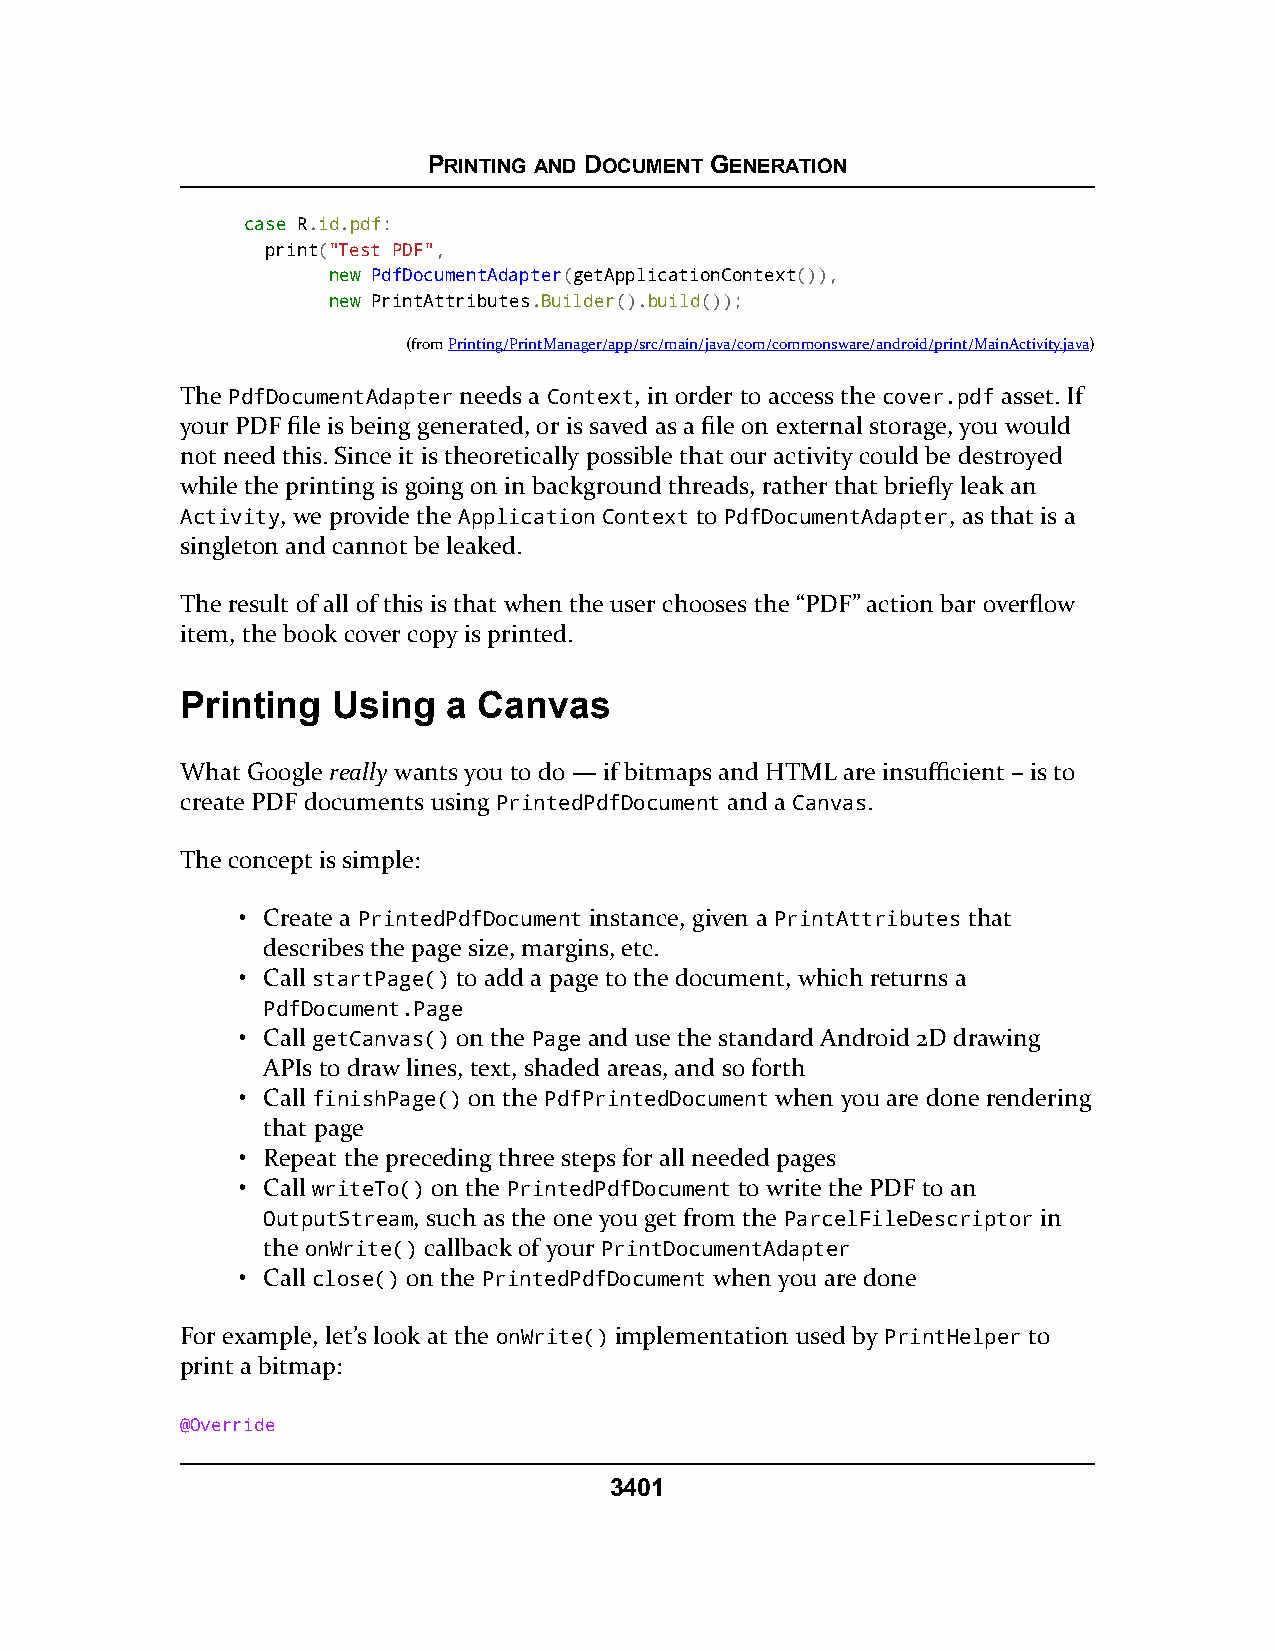
PRINTING AND DOCUMENT GENERATION
 ccaassee R.id.pdf:
 print("Test PDF",
 nneeww PdfDocumentAdapter(getApplicationContext()),
 nneeww PrintAttributes.Builder().build());
 (fromPrinting/PrintManager/app/src/main/java/com/commonsware/android/print/MainActivity.java)
 The PdfDocumentAdapter needs a Context, in order to access the cover.pdf asset. If
 your PDF file is being generated, or is saved as a file on external storage, you would
 not need this. Since it is theoretically possible that our activity could be destroyed
 while the printing is going on in background threads, rather that briefly leak an
 Activity, we provide the Application Context to PdfDocumentAdapter, as that is a
 singleton and cannot be leaked.
 The result of all of this is that when the user chooses the “PDF” action bar overflow
 item, the book cover copy is printed.
 Printing  Using   a Canvas
 What Google really wants you to do — if bitmaps and HTML are insufficient – is to
 create PDF documents using PrintedPdfDocument and a Canvas.
 The concept is simple:
 • Create a PrintedPdfDocument instance, given a PrintAttributes that
 describes the page size, margins, etc.
 • Call startPage() to add a page to the document, which returns a
 PdfDocument.Page
 • Call getCanvas() on the Page and use the standard Android 2D drawing
 APIs to draw lines, text, shaded areas, and so forth
 • Call finishPage() on the PdfPrintedDocument when you are done rendering
 that page
 • Repeat the preceding three steps for all needed pages
 • Call writeTo() on the PrintedPdfDocument to write the PDF to an
 OutputStream, such as the one you get from the ParcelFileDescriptor in
 the onWrite() callback of your PrintDocumentAdapter
 • Call close() on the PrintedPdfDocument when you are done
 For example, let’s look at the onWrite() implementation used by PrintHelper to
 print a bitmap:
 @Override
 3401